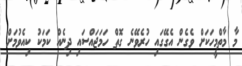
މާ މާތްމީހަކަށް ވެގެން އެގޭގައި ހުރެވޭނެ ގޮތް ހަމަޖައްސައި ދިނެއް ކަމަކު ކިއެވުމަށް